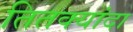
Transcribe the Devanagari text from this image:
तितक्यांदा